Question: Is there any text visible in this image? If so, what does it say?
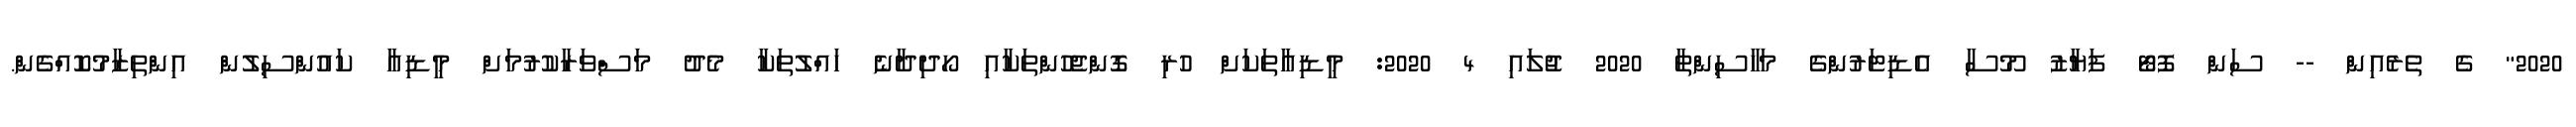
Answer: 2020" ގެ ތެރެއިން -- ސަން ފޮޓޯ ފަޔާޒު މޫސާ އެޑިޓަރުންގެ މަހާސިންތާ 2020 ޖުލައި 4 2020: މީޑިއާތަކަށް ހުރި ގޮންޖެހުންތަކާއި ހޯދިދާނެ ހައްލުތަކާ މެދު މަސްވަރާކުރުމަށް މީޑިއާ ކައުންސިލުން އިންތިޒާމުކޮއްގެން.